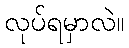
လုပ်ရမှာလဲ။